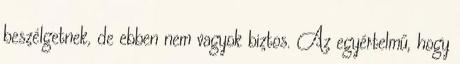
beszélgetnek, de ebben nem vagyok biztos. Az egyértelmű, hogy